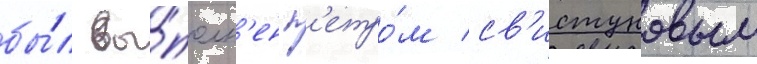
бы́л вы́полн'ен п'етро́м св'истуновым